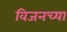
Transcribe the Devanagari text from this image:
विजनच्या